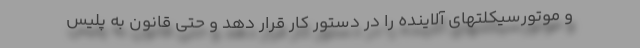
و موتورسیکلتهای آلاینده را در دستور کار قرار دهد و حتی قانون به پلیس